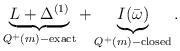
LaTeX: \begin{align*}\underbrace{L+\Delta^{(1)}}_{Q^+(m)-{\rm exact}}+\underbrace{I(\bar\omega)}_{Q^+(m)-{\rm closed}}.\end{align*}